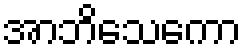
အာဘိသေကော